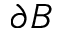
\partial B